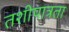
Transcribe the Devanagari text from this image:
तशीपात्रता